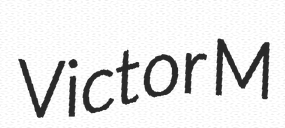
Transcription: Victor M